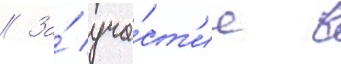
// За́ уча́ст'ие в